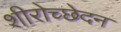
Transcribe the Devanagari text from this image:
शीरोच्छेदन